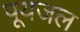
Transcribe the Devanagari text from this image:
पूयजल